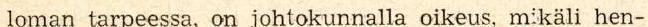
loman tarpeessa, on johtokunnalla oikeus, m:käli hen-